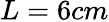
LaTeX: L=6cm